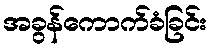
အခွန်ကောက်ခံခြင်း